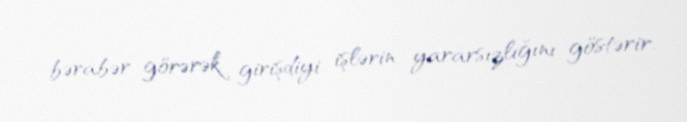
bərabər görərək girişdiyi işlərin yararsızlığını göstərir.